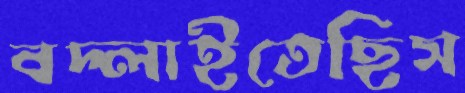
বদ্‌লাইতেছিস